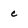
Character: c